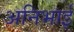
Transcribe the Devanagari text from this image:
अनिभाई